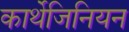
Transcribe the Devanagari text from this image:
कार्थेजिनियन